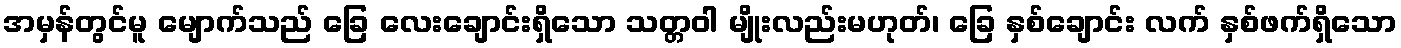
အမှန်တွင်မူ မျောက်သည် ခြေ လေးချောင်းရှိသော သတ္တဝါ မျိုးလည်းမဟုတ်၊ ခြေ နှစ်ချောင်း လက် နှစ်ဖက်ရှိသော